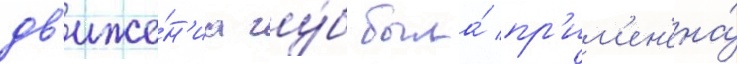
дв'иже́н'иа гу́б была́ пр'им'ен'ена́